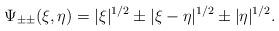
LaTeX: \begin{align*} \Psi_{\pm\pm}(\xi, \eta) = |\xi|^{1/2} \pm |\xi-\eta|^{1/2} \pm |\eta|^{1/2}. \end{align*}